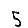
Digit: 5